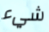
شيء